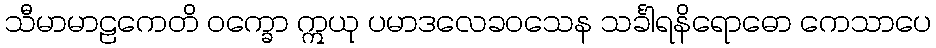
သီမာမာဠကေတိ ဝက္ခော ဣယု ပမာဒလေခဝသေန သင်္ခါရနိရောဓော ကေသာပေ